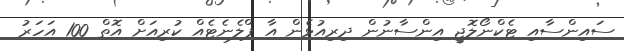
ސައިންސާއި ޓެކްނޯލޮޖީ އިންސާނުން ދިރިއުޅެން އާ ޕްލެނެޓެއް ކުރިއަށް އޮތް 100 އަހަރު